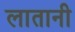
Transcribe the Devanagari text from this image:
लातानी